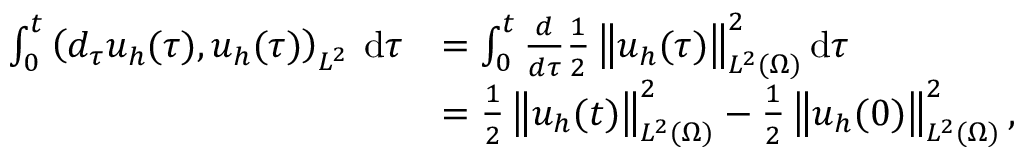
\begin{array} { r l } { \int _ { 0 } ^ { t } \left( d _ { \tau } u _ { h } ( \tau ) , u _ { h } ( \tau ) \right) _ { L ^ { 2 } } \: \mathrm { d } \tau } & { = \int _ { 0 } ^ { t } \frac { d } { d \tau } \frac { 1 } { 2 } \left\lVert u _ { h } ( \tau ) \right\rVert _ { L ^ { 2 } ( \Omega ) } ^ { 2 } \mathrm { d } \tau } \\ & { = \frac 1 2 \left\lVert u _ { h } ( t ) \right\rVert _ { L ^ { 2 } ( \Omega ) } ^ { 2 } - \frac 1 2 \left\lVert u _ { h } ( 0 ) \right\rVert _ { L ^ { 2 } ( \Omega ) } ^ { 2 } , } \end{array}